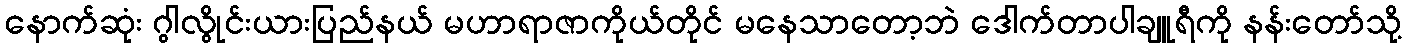
နောက်ဆုံး ဂွါလွိုင်းယားပြည်နယ် မဟာရာဇာကိုယ်တိုင် မနေသာတော့ဘဲ ဒေါက်တာပါချူရီကို နန်းတော်သို့